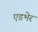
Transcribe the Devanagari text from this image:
एडभेर